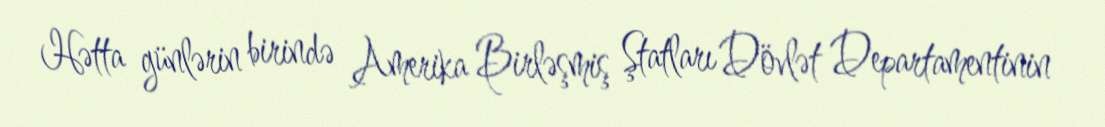
Hətta günlərin birində Amerika Birləşmiş Ştatları Dövlət Departamentinin